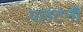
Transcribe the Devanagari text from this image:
पलटनी